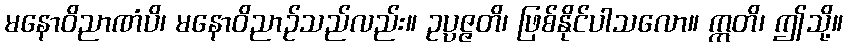
မနောဝိညာဏံပိ၊ မနောဝိညာဉ်သည်လည်း။ ဥပ္ပဇ္ဇတိ၊ ဖြစ်နိုင်ပါသလော။ ဣတိ၊ ဤသို့။